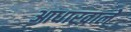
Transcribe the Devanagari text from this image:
आधारवाले